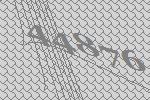
44876